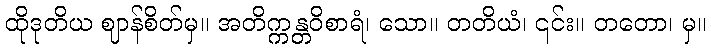
ထိုဒုတိယ ဈာန်စိတ်မှ။ အတိက္ကန္တဝိစာရံ၊ သော။ တတိယံ၊ ၎င်း။ တတော၊ မှ။